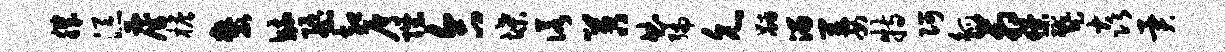
肌添雇檐麓毓隳却屑陛合堞诺苕曲编允黼溜萋特阿觚箱獠蹙焱异